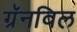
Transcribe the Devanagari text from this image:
ग्रॅनविल